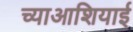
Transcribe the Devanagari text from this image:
च्याआशियाई